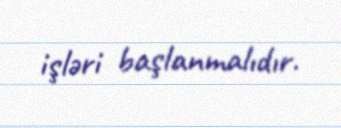
işləri başlanmalıdır.